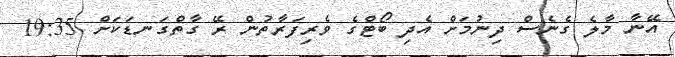
އޭނާ މާލެ ގެނެސް ދިނުމަށް އެދި ބޯޓްގެ ވެރިފަރާތުން ރޭ ގާތްގަނޑަކަށް 19:35